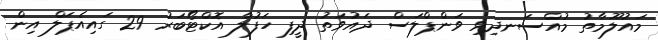
މައުލޫމާތު މުއްސަނދިވި ވަންޕްލަސް ދައުވަތު ދީފި ހަފުލާ އޮކްޓޯބަރު 29 ގައިއެޕަލް އިން